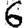
Digit: 6